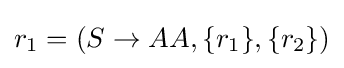
r_{1}=(S\to AA,\{r_{1}\},\{r_{2}\})